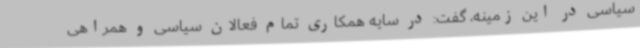
سیاسی در این زمینه، گفت: در سایه همکاری تمام فعالان سیاسی و همراهی